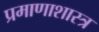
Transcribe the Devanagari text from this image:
प्रमाणाशास्त्र